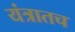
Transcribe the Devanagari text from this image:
यंत्रातच